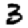
Digit: 3